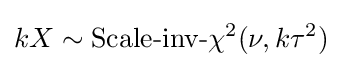
kX\sim {\mbox{Scale-inv-}}\chi ^{2}(\nu ,k\tau ^{2})